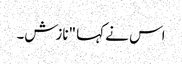
اس نے کہا "نازش۔